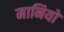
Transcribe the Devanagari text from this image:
मानियो